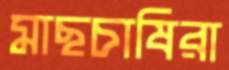
মাছচাষিরা